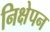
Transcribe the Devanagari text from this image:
निक्षेपन